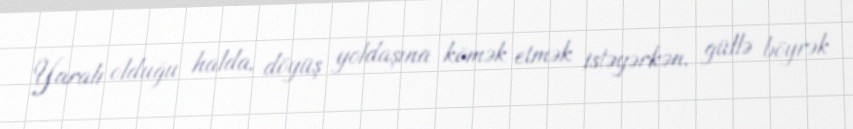
Yaralı olduğu halda, döyüş yoldaşına kömək etmək istəyərkən, güllə böyrək